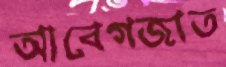
আবেগজাত